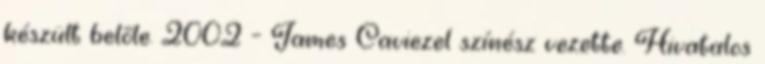
készült belőle. 2002 – James Caviezel színész vezette. Hivatalos